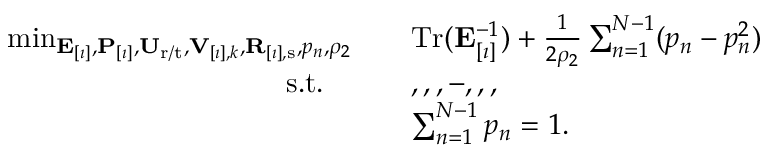
\begin{array} { r l } { \operatorname* { m i n } _ { \mathbf { E } _ { [ \imath ] } , \mathbf { P } _ { [ \imath ] } , \mathbf { U } _ { \mathrm { r } / \mathrm { t } } , \mathbf { V } _ { [ \imath ] , k } , \mathbf { R } _ { [ \imath ] , \mathrm { s } } , p _ { n } , \rho _ { 2 } } \quad } & { \mathrm { T r } ( \mathbf { E } _ { [ \imath ] } ^ { - 1 } ) + \frac { 1 } { 2 \rho _ { 2 } } \sum _ { n = 1 } ^ { N - 1 } ( p _ { n } - p _ { n } ^ { 2 } ) } \\ { \mathrm { s . t . } \qquad } & { , , , - , , , } \\ & { \sum _ { n = 1 } ^ { N - 1 } p _ { n } = 1 . } \end{array}